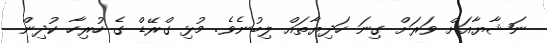
ނަޝާޔާއަށް ވަރަށް ގިނަ ހަދިޔާތައް ލިބުނެވެ. މުޅި ގްރޭޑް ގެ ހުރިހާ ކުދިން